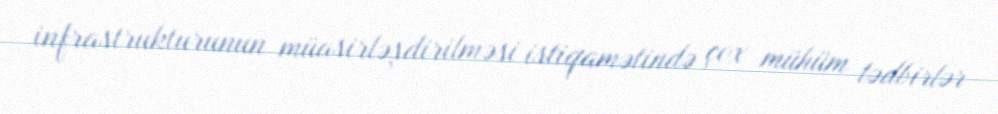
infrastrukturunun müasirləşdirilməsi istiqamətində çox mühüm tədbirlər